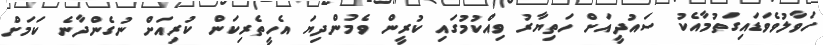
ހަވާލުވެވަޑައިގަތުމާއެކު ސައުދީއަށް ހަތިޔާރު ވިއްކުމުގައި ކުރީން ވެމުންދިޔަ އެހީތެރިކަން ކުރިއަށް ނުގެންދާނެ ކަމަށް